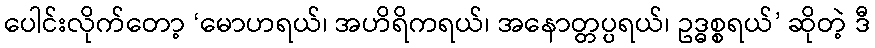
ပေါင်းလိုက်တော့ ‘မောဟရယ်၊ အဟိရိကရယ်၊ အနောတ္တပ္ပရယ်၊ ဥဒ္ဓစ္စရယ်’ ဆိုတဲ့ ဒီ